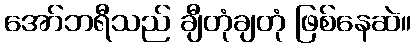
အော်ဘရီသည် ချီတုံချတုံ ဖြစ်နေဆဲ။